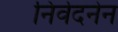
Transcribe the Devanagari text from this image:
निर्वेदनेन